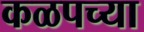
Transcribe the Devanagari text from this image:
कळपच्या